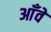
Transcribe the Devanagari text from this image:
आँवे